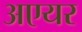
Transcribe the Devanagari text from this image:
अएयर